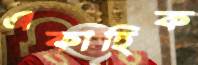
একাহিক